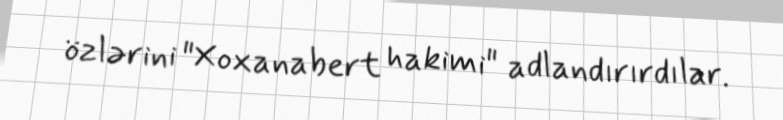
özlərini "Xoxanabert hakimi" adlandırırdılar.